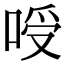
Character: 㖟